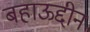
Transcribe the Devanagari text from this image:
बहाऊद्दीन